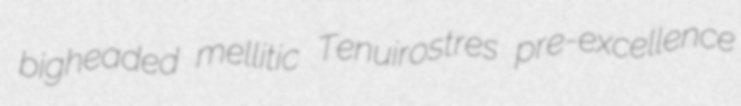
bigheaded mellitic Tenuirostres pre-excellence